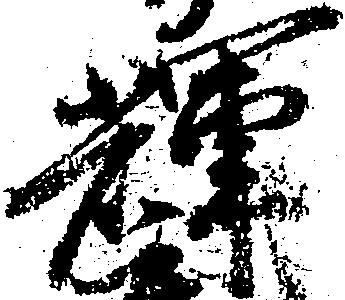
輝